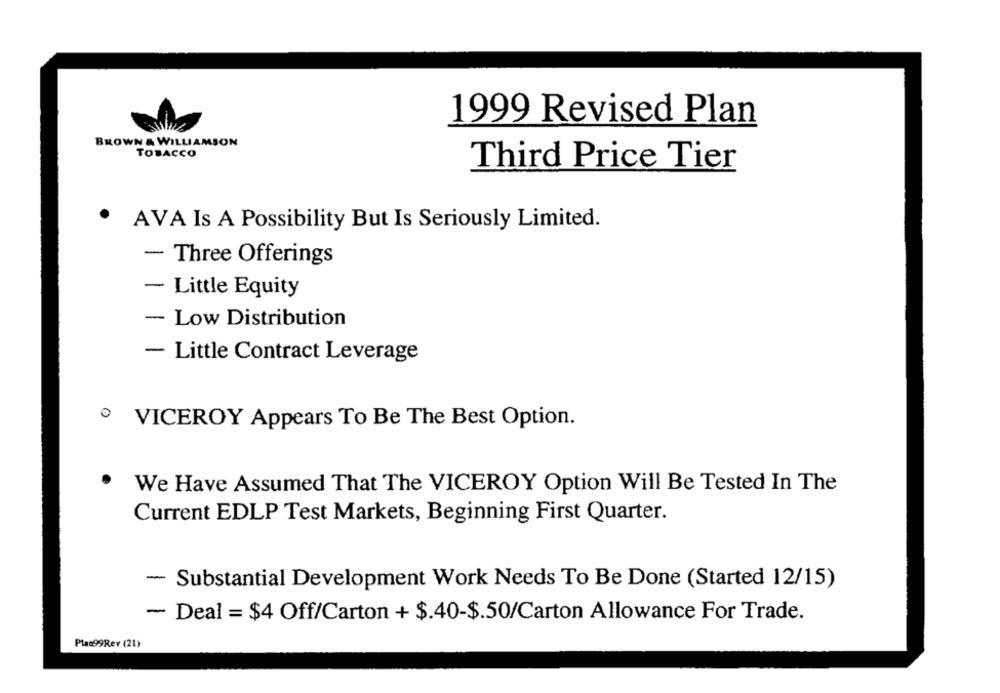
1999 Revised Plan
BROWN & WILLIAMSON
TOBACCO
Third Price Tier
.
AVA Is A Possibility But Is Seriously Limited.
- Three Offerings
- Little Equity
- Low Distribution
- Little Contract Leverage
VICEROY Appears To Be The Best Option.
.
We Have Assumed That The VICEROY Option Will Be Tested In The
Current EDLP Test Markets, Beginning First Quarter.
- Substantial Development Work Needs To Be Done (Started 12/15)
- Deal = $4 Off/Carton + $.40-$.50/Carton Allowance For Trade.
Plas99Rev (21)